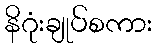
နိဂုံးချုပ်စကား